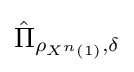
{\hat {\Pi }}_{\rho _{X^{n}\left(1\right)},\delta }